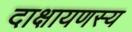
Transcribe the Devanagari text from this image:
दाक्षायणस्य